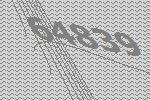
64839